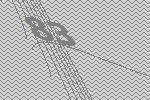
83